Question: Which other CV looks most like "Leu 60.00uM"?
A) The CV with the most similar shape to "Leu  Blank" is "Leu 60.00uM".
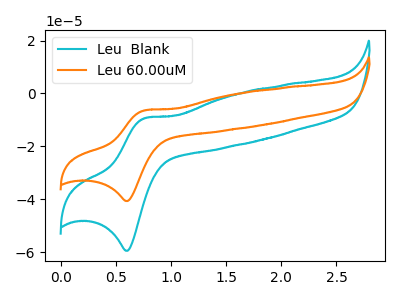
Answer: <think>The cyan curve "Leu  Blank" has an anodic peak at (0.75V, -9.35uA) and a cathodic peak at (0.60V, -59.45uA). The orange curve "Leu 60.00uM" has an anodic peak at (0.75V, -6.40uA) and a cathodic peak at (0.60V, -40.65uA).
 All the peaks in "Leu  Blank" have a peak in "Leu 60.00uM" at the same potential.</think>
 <answer>A) The CV with the most similar shape to "Leu  Blank" is "Leu 60.00uM".</answer>
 <eval>A</eval>